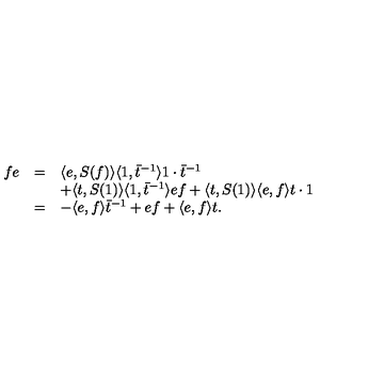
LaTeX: \begin{array} { r c l } { f e } & { = } & { \langle e , S ( f ) \rangle \langle 1 , { \bar { t } } ^ { - 1 } \rangle 1 \cdot \bar { t } ^ { - 1 } } \\ { } & { } & { + \langle t , S ( 1 ) \rangle \langle 1 , \bar { t } ^ { - 1 } \rangle e f + \langle t , S ( 1 ) \rangle \langle e , f \rangle t \cdot 1 } \\ { } & { = } & { - \langle e , f \rangle { \bar { t } } ^ { - 1 } + e f + \langle e , f \rangle t . } \\ \end{array}